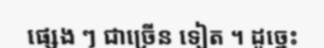
ផ្សេង ៗ ជាច្រើន ទៀត ។ ដូច្នេះ